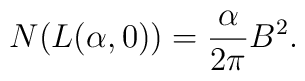
N (L(\alpha, 0)) = \frac{\alpha}{2 \pi} B^2.